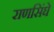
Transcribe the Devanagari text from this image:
राणसिंघे